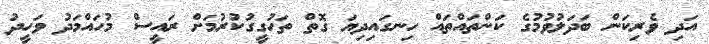
އަދި ވެރިކަން ބަދަލުވުމުގެ ކަންތައްތައް ހިނގައިދިޔަ ގޮތް ތަހުގީގުކުރުމަށް ރައީސް މުހައްމަދު ވަހީދު